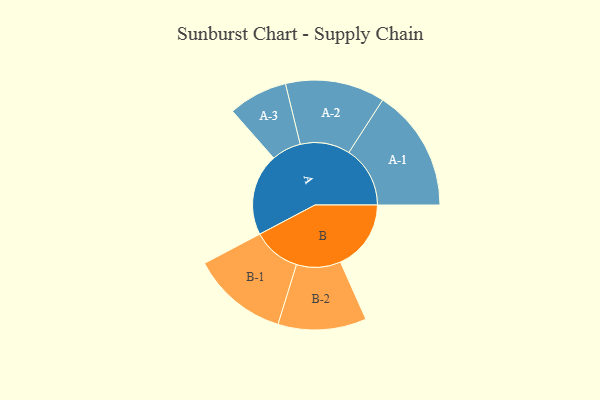
{"axis": {"x": "Segment", "y": "Value"}, "legend": ["", "A", "B"], "data": [{"x": "A", "y": 393, "type": ""}, {"x": "B", "y": 339, "type": ""}, {"x": "A-1", "y": 294, "type": "A"}, {"x": "A-2", "y": 239, "type": "A"}, {"x": "A-3", "y": 142, "type": "A"}, {"x": "B-1", "y": 231, "type": "B"}, {"x": "B-2", "y": 212, "type": "B"}]}